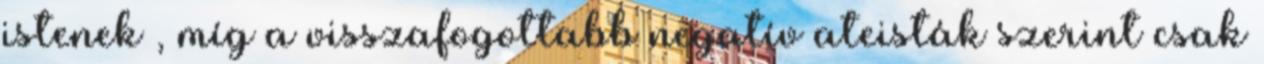
istenek , míg a visszafogottabb negatív ateisták szerint csak